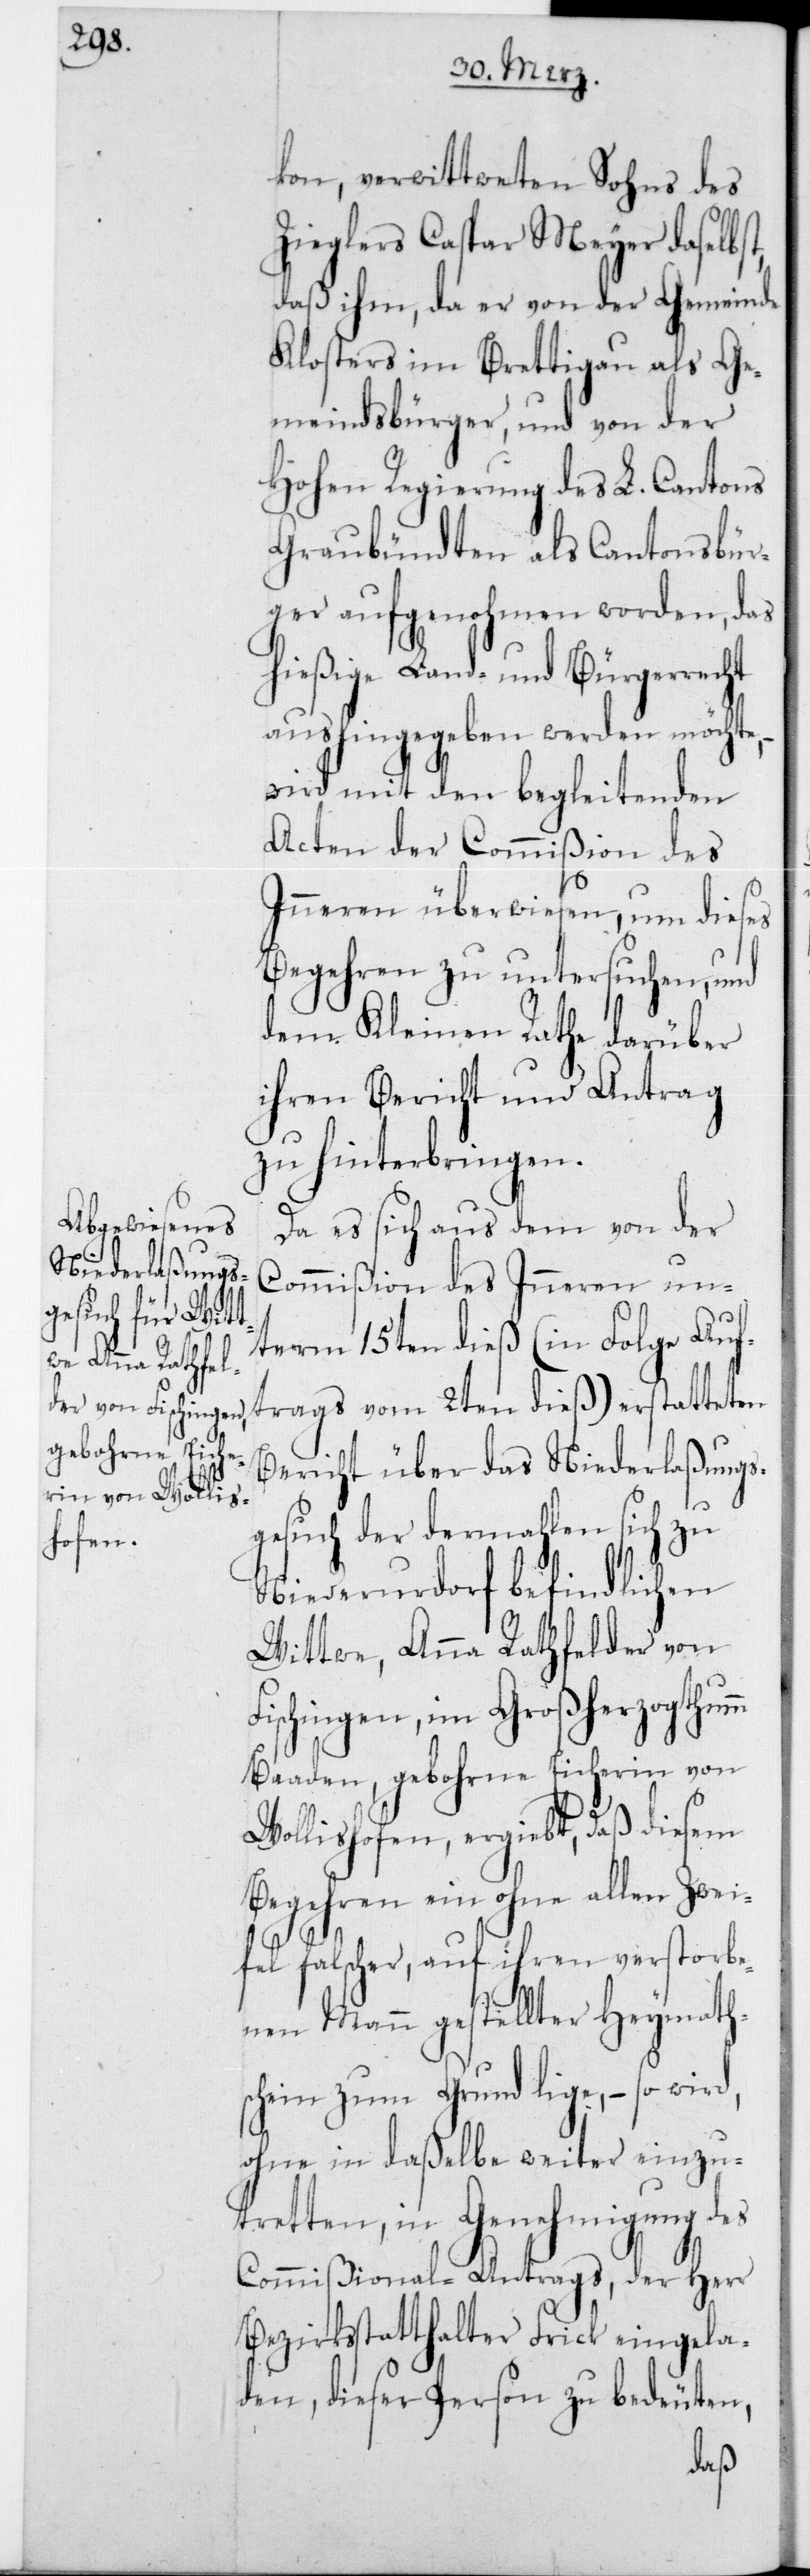
kon, verwittweten Sohns des
Zieglers Caspar Meyer daselbst,
daß ihm, da er von der Gemeinde
Klosters im Brettigau als Ge¬
meindsbürger, und von der
Hohen Regierung des L. Cantons
Graubündten als Cantonsbür¬
ger aufgenohmen worden, das
hießige Land- und Bürgerrecht
aushingegeben werden möchte, –
wird mit den begleitenden
Acten der Commißion des
Innern überwiesen, um dieses
Begehren zu untersuchen, und
dem Kleinen Rathe darüber
ihren Bericht und Antrag
zu hinterbringen.
Da es sich aus dem von der
Commißion des Innern un¬
term 15ten dieß (in Folge Auf¬
trags vom 2ten dieß) erstatteten
Bericht über das Niederlaßungs¬
gesuch der dermahlen sich zu
Niederurdorf befindlichen
Wittwe, Anna Rathfelder von
Fischingen, im Großherzogthumm
Baaden, gebohrne Eicherin von
Wollishofen, ergibt, daß diesem
Begehren ein ohne allen Zwei¬
fel falscher, auf ihren verstorbe¬
nen Mann gestellter Heymaths¬
chein zum Grund lige, – so wir¬
ohne in daßelbe weiter einzu¬
tretten, in Genehmigung des
Commißional-Antrags, der Herr
Bezirksstatthalter Frick eingela¬
den, dieser Person zu bedeuten,
d,